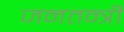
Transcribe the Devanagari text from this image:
जनतन्त्री